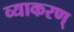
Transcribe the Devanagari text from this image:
व्याकरण्